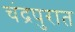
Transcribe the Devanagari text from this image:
चंद्रपुरात